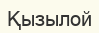
Қызылой